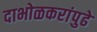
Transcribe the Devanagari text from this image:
दाभोळकरांपुढे